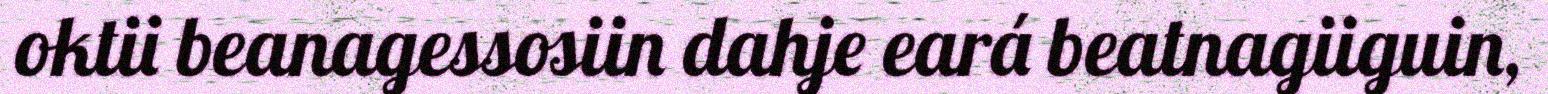
oktii beanagessosiin dahje eará beatnagiiguin,